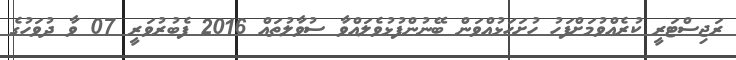
ރަޖިސްޓަރީ ކުރެއްވުމަށްފަހު ހުށަހަޅުއްވަން ބޭނުންފުޅުވެލައްވާ ސުވާލުތައް 2016 ފެބުރުވަރީ 07 ވާ ދުވަހުގެ